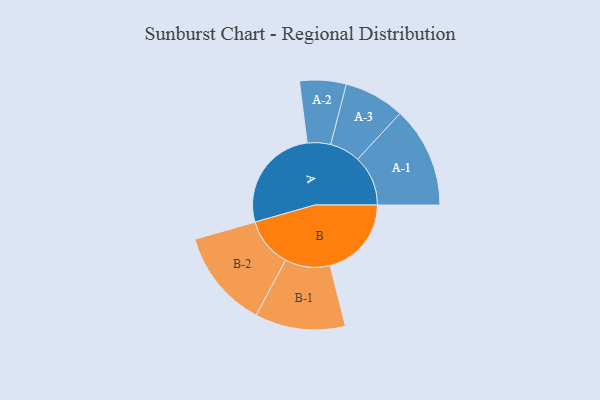
{"axis": {"x": "Segment", "y": "Value"}, "legend": ["", "A", "B"], "data": [{"x": "A", "y": 459, "type": ""}, {"x": "B", "y": 353, "type": ""}, {"x": "A-1", "y": 219, "type": "A"}, {"x": "A-2", "y": 101, "type": "A"}, {"x": "A-3", "y": 132, "type": "A"}, {"x": "B-1", "y": 196, "type": "B"}, {"x": "B-2", "y": 214, "type": "B"}]}